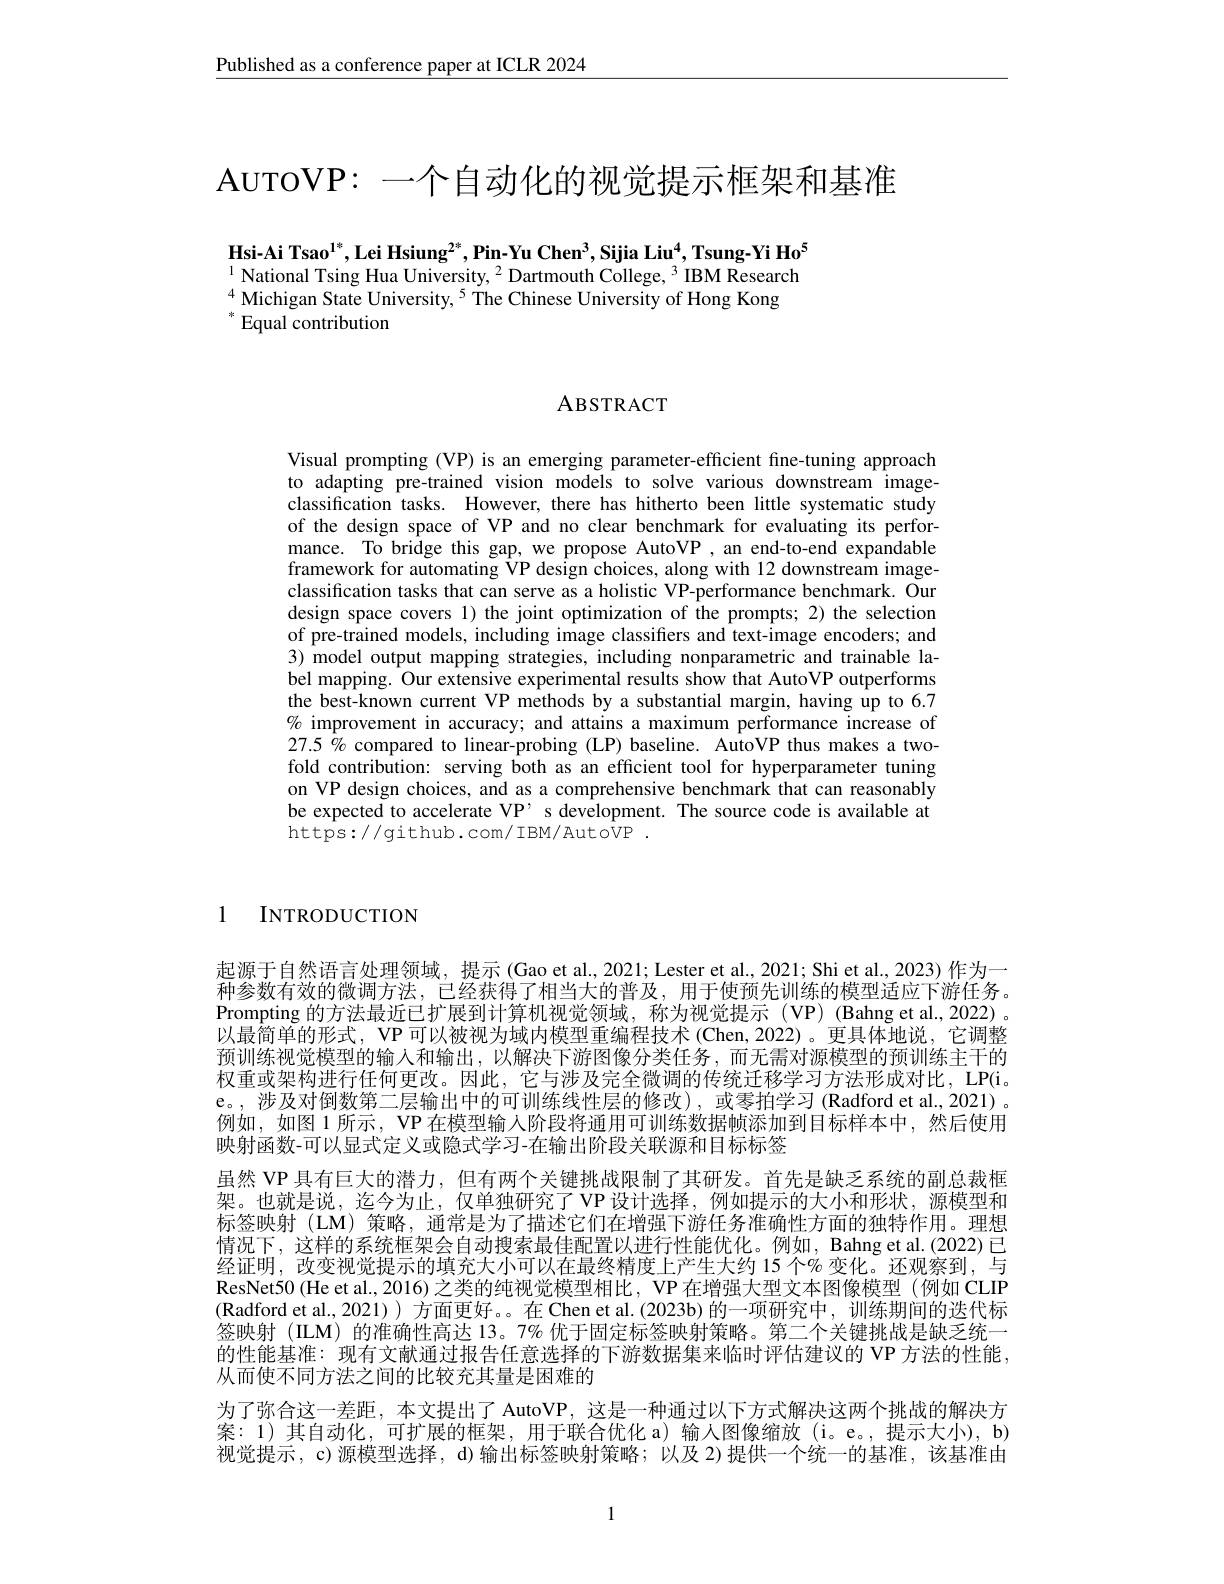
Published as a conference paper at ICLR 2024

AUTOVP: 一个自动化的视觉提示框架和基准

Hsi-Ai Tsao$^1^*$,Lei Hsiung$^2^*$,Pin-Yu Chen$^3$,Sijia Liu$^4$,Tsung-Yi Ho$^5$ $^{1}$National Tsing Hua University, $^2$ Dartmouth College, $^3$ IBM Research $^{4}$Michigan State University,$^5$The Chinese University of Hong Kong
$^*$Equal contribution

ABSTRACT

Visual prompting (VP) is an emerging parameter-efficient fine-tuning approach to adapting pre-trained vision models to solve various downstream imageclassification tasks. However, there has hitherto been little systematic study of the design space of VP and no clear benchmark for evaluating its performance. To bridge this gap, we propose AutoVP, an end-to-end expandable framework for automating VP design choices, along with 12 downstream imageclassification tasks that can serve as a holistic VP-performance benchmark. Our design space covers 1) the joint optimization of the prompts; 2) the selection of pre-trained models, including image classifiers and text-image encoders; and 3) model output mapping strategies, including nonparametric and trainable label mapping. Our extensive experimental results show that AutoVP outperforms the best-known current VP methods by a substantial margin, having up to 6.7 % improvement in accuracy; and attains a maximum performance increase of 27.5% compared to linear-probing (LP) baseline. AutoVP thus makes a twofold contribution: serving both as an efficient tool for hyperparameter tuning on VP design choices, and as a comprehensive benchmark that can reasonably be expected to accelerate VP’ s development. The source code is available at https://github.com/IBM/AutoVP~.

1 INTRODUCTION

起源于自然语言处理领域，提示 (Gao et al., 2021; Lester et al., 2021; Shi et al., 2023) 作为一种参数有效的微调方法，已经获得了相当大的普及，用于使预先训练的模型适应下游任务。Prompting 的方法最近已扩展到计算机视觉领域，称为视觉提示(VP)(Bahng et al.,2022)。以最简单的形式，VP 可以被视为域内模型重编程技术 (Chen,2022)。更具体地说，它调整预训练视觉模型的输入和输出，以解决下游图像分类任务，而无需对源模型的预训练主干的权重或架构进行任何更改。因此，它与涉及完全微调的传统迁移学习方法形成对比，LP(i。e。, 涉及对倒数第二层输出中的可训练线性层的修改),或零拍学习(Radford et al., 2021)。例如，如图 1 所示，VP 在模型输人阶段将通用可训练数据帧添加到目标样本中，然后使用映射函数-可以显式定义或隐式学习-在输出阶段关联源和目标标签
虽然 VP 具有巨大的潜力，但有两个关键挑战限制了其研发。首先是缺乏系统的副总裁框架。也就是说，迄今为止，仅单独研究了 VP 设计选择，例如提示的大小和形状，源模型和标签映射(LM)策略，通常是为了描述它们在增强下游任务准确性方面的独特作用。理想情况下，这样的系统框架会自动搜索最佳配置以进行性能优化。例如，Bahng et al.(2022) 已经证明，改变视觉提示的填充大小可以在最终精度上产生大约 15 个% 变化。还观察到，与ResNet50 (He et al., 2016) 之类的纯视觉模型相比 , VP 在增强大型文本图像模型 (例如 CLIP (Radford et al.,2021)) 方面更好。。在 Chen et al. (2023b) 的一项研究中，训练期间的迭代标签映射 (ILM) 的准确性高达 13。7% 优于固定标签映射策略。第二个关键挑战是缺乏统一的性能基准：现有文献通过报告任意选择的下游数据集来临时评估建议的 VP 方法的性能， 从而使不同方法之间的比较充其量是困难的
为了弥合这一差距，本文提出了 AutoVP, 这是一种通过以下方式解决这两个挑战的解决方案：1)其自动化，可扩展的框架，用于联合优化 a)输入图像缩放(i。e。,提示大小),b) 视觉提示，c)源模型选择，d)输出标签映射策略；以及 2)提供一个统一的基准，该基准由

1